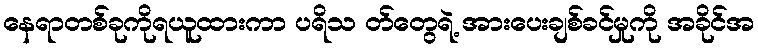
နေရာတစ်ခုကိုရယူထားကာ ပရိသ တ်တွေရဲ့ အားပေးချစ်ခင်မှုကို အခိုင်အ